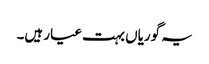
یہ گوریاں بہت عیار ہیں۔